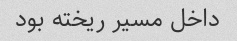
داخل مسیر ریخته بود